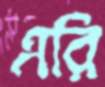
এরি